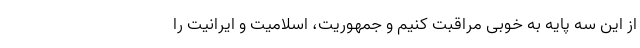
از این سه پایه به خوبی مراقبت کنیم و جمهوریت، اسلامیت و ایرانیت را